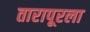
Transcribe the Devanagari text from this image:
तारापूरला